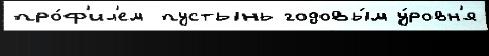
про́ф'ил'ем пустынь годовы́м у́ровн'я